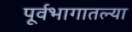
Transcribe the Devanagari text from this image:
पूर्वभागातल्या